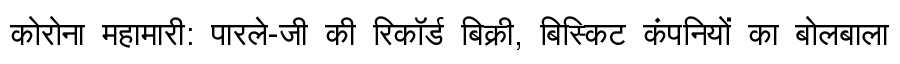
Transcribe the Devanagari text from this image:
कोरोना महामारी: पारले-जी की रिकॉर्ड बिक्री, बिस्किट कंपनियों का बोलबाला